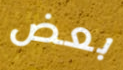
بعض